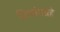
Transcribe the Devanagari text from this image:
विश्रांमग्रहे